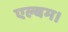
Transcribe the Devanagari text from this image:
एल्बम।